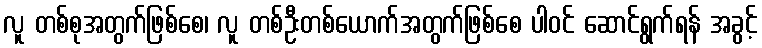
လူ တစ်စုအတွက်ဖြစ်စေ၊ လူ တစ်ဦးတစ်ယောက်အတွက်ဖြစ်စေ ပါဝင် ဆောင်ရွက်ရန် အခွင့်